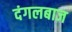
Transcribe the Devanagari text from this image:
दंगलबाज